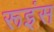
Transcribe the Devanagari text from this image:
रूइंस